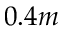
0 . 4 m